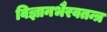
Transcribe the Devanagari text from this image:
विज्ञानभैरवतन्त्र